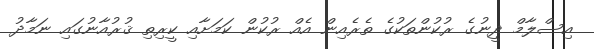
އިސްލާމް ދީނުގެ ރުކުންތަކުގެ ތެރެއިން އެއް ރުކުން ކަމަށާއި ކީރިތި ޤުރުއާނުގައި ނަމާދު